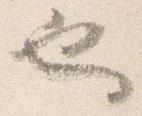
也